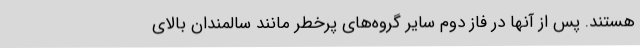
هستند. پس از آنها در فاز دوم سایر گروه‌های پرخطر مانند سالمندان بالای